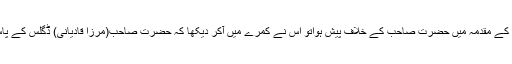
'' بیان کیا مجھ سے مولوی شیر علی صاحب نے کہ جب مولوی محمد حسین بٹالوی قتل کے مقدمہ میں حضرت صاحب کے خلاف پیش ہواتو اس نے کمرے میں آکر دیکھا کہ حضرت صاحب(مرزا قادیانی) ڈگلس کے پاس عزت کے ساتھ کرسی پر تشریف رکھتے ہیں' اس پر حسد نے اسے بے قرار کردیا۔